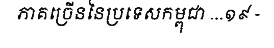
ភាគច្រើននៃប្រទេសកម្ពុជា ...១៩ -